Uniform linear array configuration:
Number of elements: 64
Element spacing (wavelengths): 0.5
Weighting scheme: kaiser
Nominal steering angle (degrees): -15
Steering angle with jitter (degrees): -13.17
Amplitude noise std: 0.05
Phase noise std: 0.05

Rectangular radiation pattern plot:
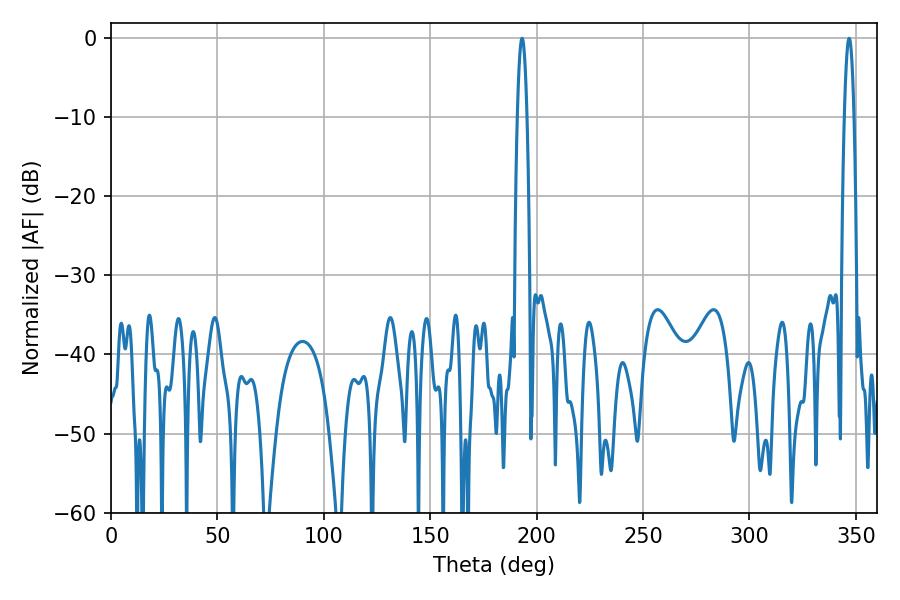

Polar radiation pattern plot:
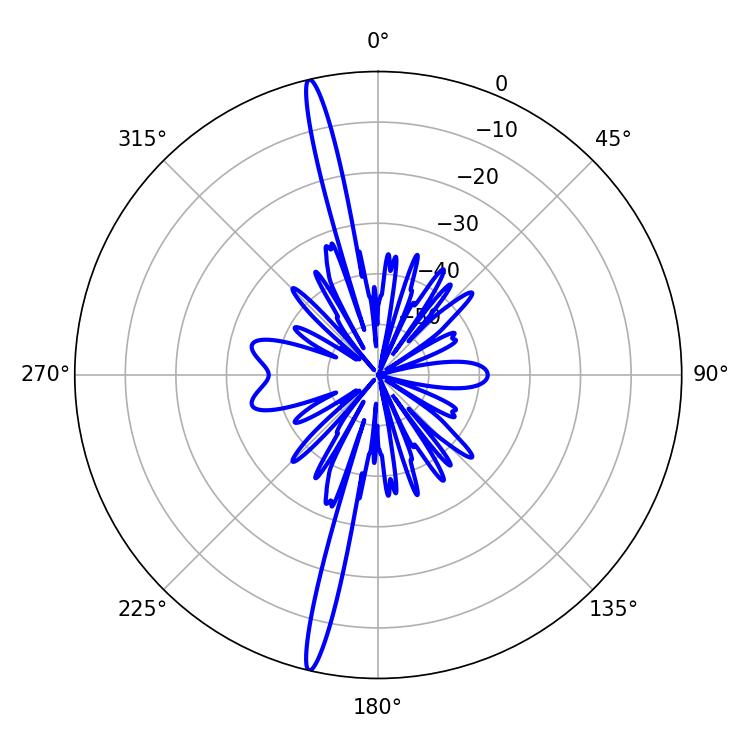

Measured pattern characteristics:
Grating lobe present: FALSE
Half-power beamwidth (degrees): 2.52
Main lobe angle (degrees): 193.14